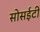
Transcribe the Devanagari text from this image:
सोसईटी